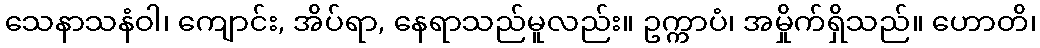
သေနာသနံဝါ၊ ကျောင်း, အိပ်ရာ, နေရာသည်မူလည်း။ ဥက္ကာပံ၊ အမှိုက်ရှိသည်။ ဟောတိ၊